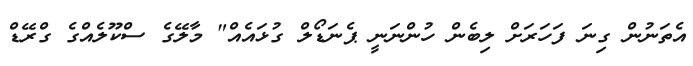
އެތަނުން ގިނަ ފަހަރަށް ލިބެން ހުންނަނީ ޕެނަޑޯލް ގުޅައެއް" މާލޭގެ ސްކޫލެއްގެ ގްރޭޑް